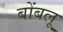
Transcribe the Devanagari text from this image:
बोंबलू